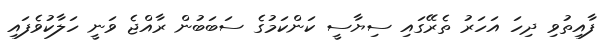
ފާއިތުވި ދިހަ އަހަރު ތެރޭގައި ސިޔާސީ ކަންކަމުގެ ސަބަބުން ރާއްޖެ ވަނީ ހަލާކުވެފައި